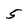
Character: 5